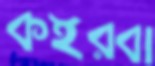
কইরবা